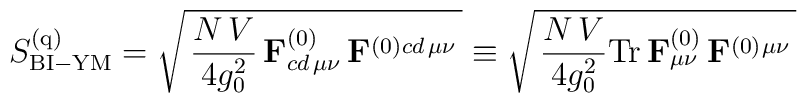
S^{(\mathrm{q})}_{\mathrm{BI-YM}}=  \sqrt{\, {N\, V\over 4g_0^2 }\,  \mathbf{F}_{cd\, \mu\nu}^{(0)} \,\mathbf{F}^{(0)}{}^{cd\,\mu\nu}\,}\equiv \sqrt{\, {N\, V\over 4g_0^2 } \mathrm{Tr}\, \mathbf{F}_{\mu\nu}^{(0)}\, \mathbf{F}^{(0)}{}^{\mu\nu}\,}